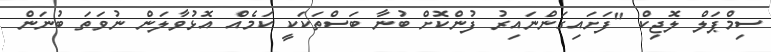
ސިމްޕަލް ލޮޖިކް "ފަށައިގަންނައިރު ފުންކޮށް ބުނާ ބަސްތަކަކީ ކަމެއް އޮޅުވާލަން ނުވަތަ ބުނަން